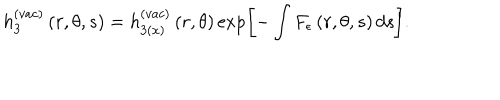
LaTeX: h _ { 3 } ^ { ( v a c ) } \left( r , \theta , s \right) = h _ { 3 ( x ) } ^ { ( v a c ) } \left( r , \theta \right) \exp \left[ - \int F _ { \epsilon } \left( r , \theta , s \right) d s \right] .